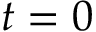
t = 0